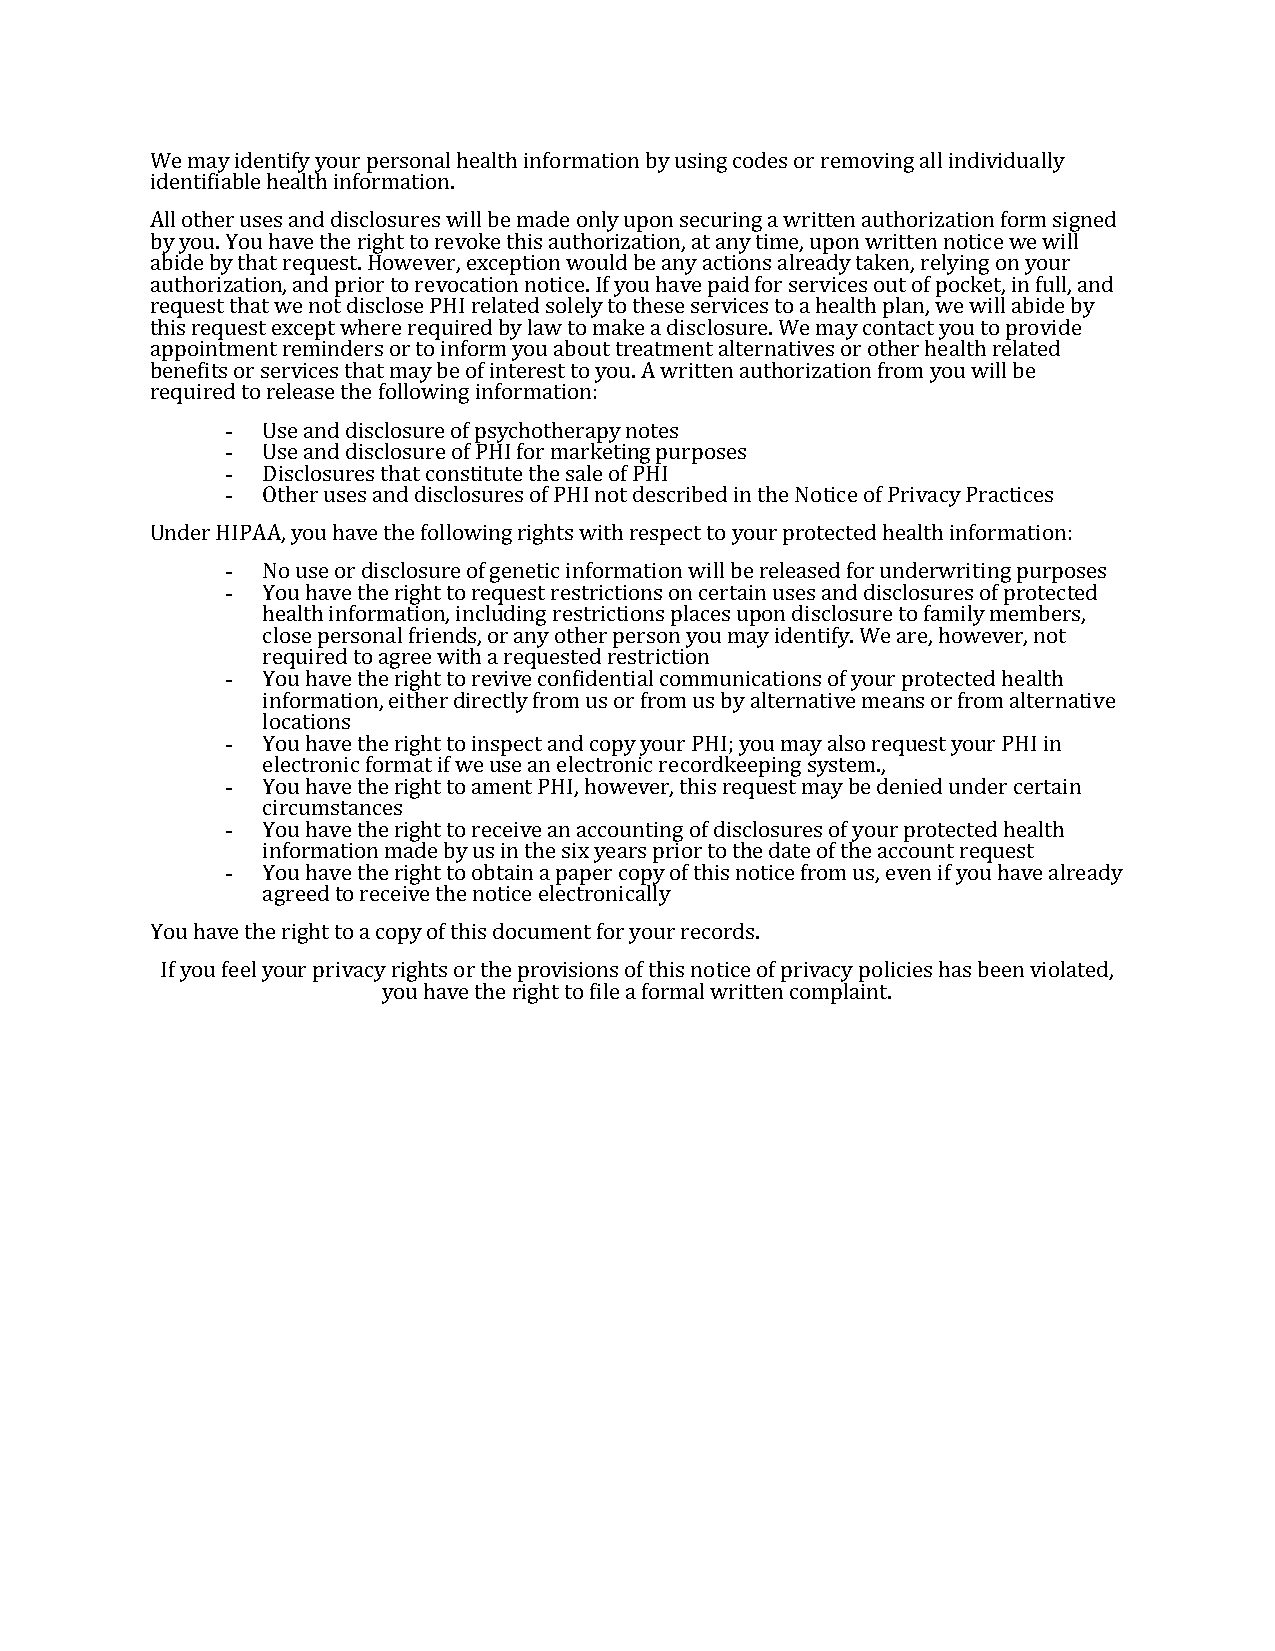
We may identify your personal health information by using codes or removing all individually
 identifiable health information.
 All other uses and disclosures will be made only upon securing a written authorization form signed
 by you. You have the right to revoke this authorization, at any time, upon written notice we will
 abide by that request. However, exception would be any actions already taken, relying on your
 authorization, and prior to revocation notice. If you have paid for services out of pocket, in full, and
 request that we not disclose PHI related solely to these services to a health plan, we will abide by
 this request except where required by law to make a disclosure. We may contact you to provide
 appointment reminders or to inform you about treatment alternatives or other health related
 benefits or services that may be of interest to you. A written authorization from you will be
 -
 required to release the following information:
 -
 -
 Use and disclosure of psychotherapy notes
 -
 Use and disclosure of PHI for marketing purposes
 Disclosures that constitute the sale of PHI
 Other uses and disclosures of PHI not described in the Notice of Privacy Practices
 -
 Under HIPAA, you have the following rights with respect to your protected health information:
 -
 No use or disclosure of genetic information will be released for underwriting purposes
 You have the right to request restrictions on certain uses and disclosures of protected
 health information, including restrictions places upon disclosure to family members,
 -
 close personal friends, or any other person you may identify. We are, however, not
 required to agree with a requested restriction
 You have the right to revive confidential communications of your protected health
 -
 information, either directly from us or from us by alternative means or from alternative
 locations
 -
 You have the right to inspect and copy your PHI; you may also request your PHI in
 electronic format if we use an electronic recordkeeping system.,
 -
 You have the right to ament PHI, however, this request may be denied under certain
 circumstances
 -
 You have the right to receive an accounting of disclosures of your protected health
 information made by us in the six years prior to the date of the account request
 You have the right to obtain a paper copy of this notice from us, even if you have already
 agreed to receive the notice electronically
 You have the right to a copy of this document for your records.
 If you feel your privacy rights or the provisions of this notice of privacy policies has been violated,
 you have the right to file a formal written complaint.